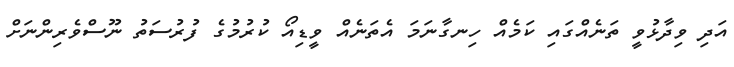
އަދި ވިދާޅުވީ ތަނެއްގައި ކަމެއް ހިނގާނަމަ އެތަނެއް ވީޑިއޯ ކުރުމުގެ ފުރުސަތު ނޫސްވެރިންނަށް